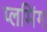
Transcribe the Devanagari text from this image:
प्लमिंग